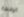
الإفطار